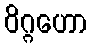
ဝိဂ္ဂဟော